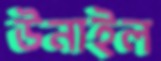
উনাইল